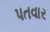
પતવાર